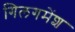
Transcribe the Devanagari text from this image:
गिलगमेंश